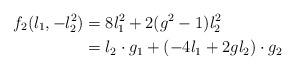
LaTeX: \begin{align*}f_2(l_1,-l_2^2) &= 8l_1^2 + 2(g^2 - 1)l_2^2 \\&= l_2 \cdot g_1 + (-4l_1 + 2gl_2)\cdot g_2\end{align*}